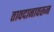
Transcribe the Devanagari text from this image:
तावदानावरून